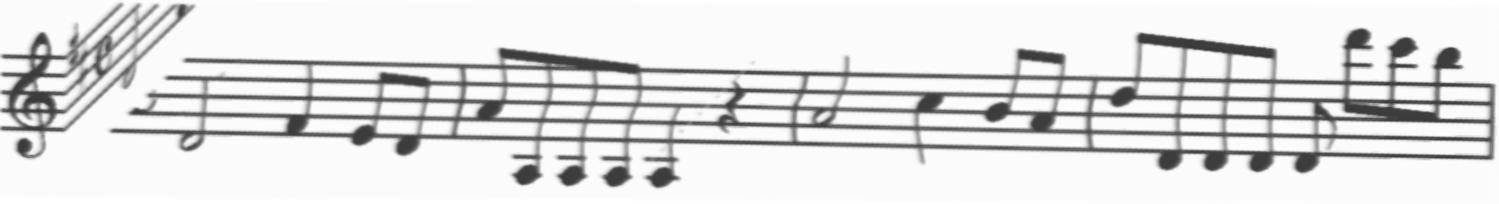
Transcription: clef-G2 keySignature-DM timeSignature-C note-D4_half note-F#4_quarter note-E4_eighth note-D4_eighth barline note-A4_eighth note-A3_eighth note-A3_eighth note-A3_eighth note-A3_quarter rest-quarter barline note-A4_half note-C#5_quarter note-B4_eighth note-A4_eighth barline note-D5_eighth note-D4_eighth note-D4_eighth note-D4_eighth note-D4_eighth note-D6_eighth note-C#6_eighth note-B5_eighth barline